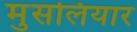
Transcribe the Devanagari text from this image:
मुसलियार